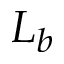
L _ { b }